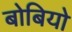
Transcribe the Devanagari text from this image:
बोबियो